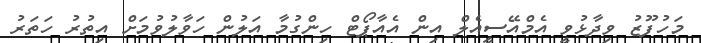
މަހުފޫޒު ވިދާޅުވީ އެމްއޭސީއެލް އިން އެއާޕޯޓް ހިންގުމާ އަލުން ހަވާލުވުމަށް އިތުރު ހަތަރު